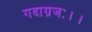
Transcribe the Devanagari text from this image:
गदाग्रजः।।